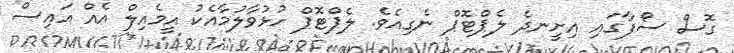
ގޮސް ސޯފާގައި އިށީނދެ ލެޕްޓޮޕް ނެގިއެވެ. ލެޕްޓޮޕް ހުޅުވާލުމާއެކު އީމެއިލް އެއް އައިސް